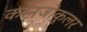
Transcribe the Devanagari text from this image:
कॉनजोकुलर